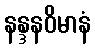
နန္ဒနဝိမာနံ